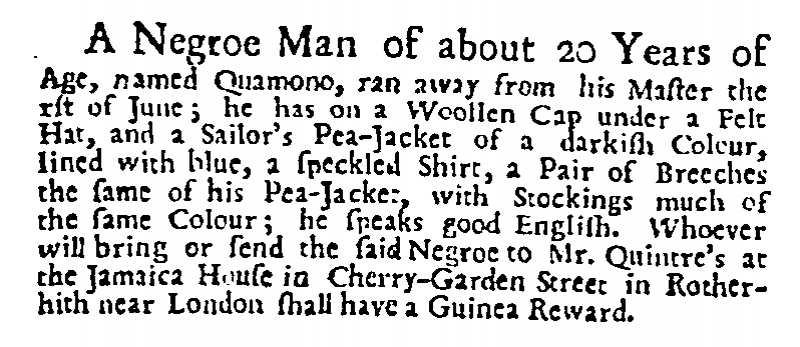
Daily Post, 8 June 1727 (England)
A Negroe Man of about 20 Years of Age, named Quamono, ran away from his Master the rst of June; he has on a Woollen Cap under a Felt Hat, and a Sailor’s Pea-Jacket of a darkish Colour, lined with blue, a speckled Shirt, a Pair of Breeches the same of his Pea-Jacket, with Stockings much of the same Colour; he speaks good English. Whoever will bring or send the said Negroe to Mr. Quintre’s at the Jamaica House in Cherry-Garden Street in Rotherhith near London shall have a Guinea Reward.